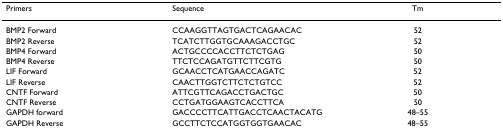
<table><thead><tr><td><b>Primers</b></td><td><b>Sequence</b></td><td><b>Tm</b></td></tr></thead><tbody><tr><td>BMP2 Forward</td><td>CCAAGGTTAGTGACTCAGAACAC</td><td>52</td></tr><tr><td>BMP2 Reverse</td><td>TCATCTTGGTGCAAAGACCTGC</td><td>52</td></tr><tr><td>BMP4 Forward</td><td>ACTGCCCCACCTTCTCTGAG</td><td>50</td></tr><tr><td>BMP4 Reverse</td><td>TTCTCCAGATGTTCTTCGTG</td><td>50</td></tr><tr><td>LIF Forward</td><td>GCAACCTCATGAACCAGATC</td><td>52</td></tr><tr><td>LIF Reverse</td><td>CAACTTGGTCTTCTCTGTCC</td><td>52</td></tr><tr><td>CNTF Forward</td><td>ATTCGTTCAGACCTGACTGC</td><td>50</td></tr><tr><td>CNTF Reverse</td><td>CCTGATGGAAGTCACCTTCA</td><td>50</td></tr><tr><td>GAPDH forward</td><td>GACCCCTTCATTGACCTCAACTACATG</td><td>48–55</td></tr><tr><td>GAPDH Reverse</td><td>GCCTTCTCCATGGTGGTGAACAC</td><td>48–55</td></tr></tbody></table>